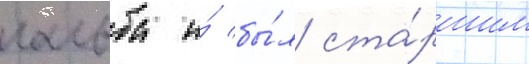
гальба и́ бы́л ста́ршим